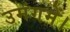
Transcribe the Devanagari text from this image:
उमंगमें।